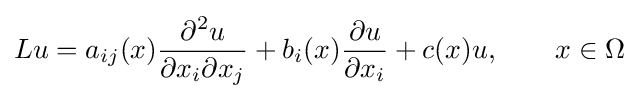
Lu=a_{ij}(x){\frac {\partial ^{2}u}{\partial x_{i}\partial x_{j}}}+b_{i}(x){\frac {\partial u}{\partial x_{i}}}+c(x)u,\qquad x\in \Omega